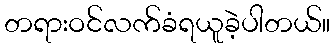
တရားဝင်လက်ခံရယူခဲ့ပါတယ်။